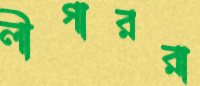
লীগাররা